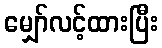
မျှော်လင့်ထားပြီး